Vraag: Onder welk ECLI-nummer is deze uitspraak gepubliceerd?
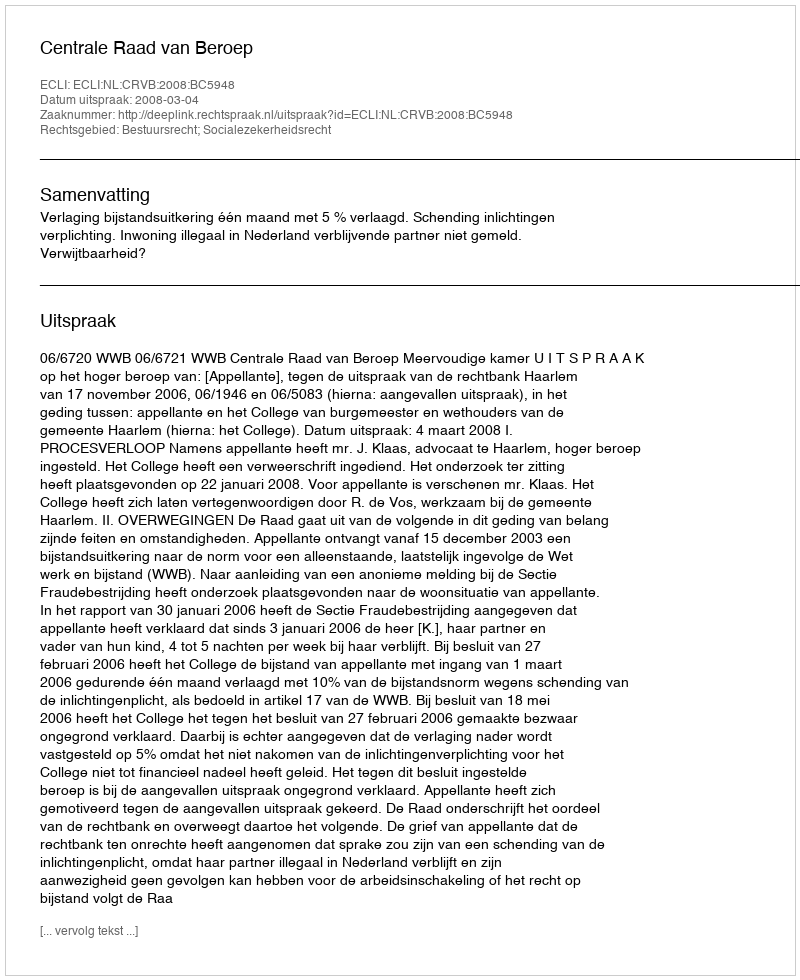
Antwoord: ECLI:NL:CRVB:2008:BC5948